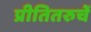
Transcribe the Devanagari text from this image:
प्रीतितरुचें